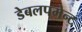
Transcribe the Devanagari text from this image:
डेबलपमेन्ट